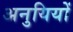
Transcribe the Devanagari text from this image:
अनुयियों